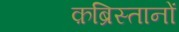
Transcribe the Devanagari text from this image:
क़ब्रिस्तानों